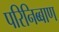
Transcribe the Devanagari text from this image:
परिनिब्बाण